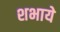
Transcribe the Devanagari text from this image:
शभाये